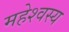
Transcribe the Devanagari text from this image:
महेश्वस्य